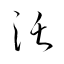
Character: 沃